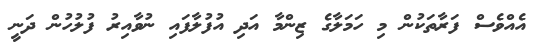
އެއްވެސް ފަރާތަކުން މި ހަމަލާގެ ޒިންމާ އަދި އުފުލާފައި ނުވާއިރު ފުލުހުން ދަނީ